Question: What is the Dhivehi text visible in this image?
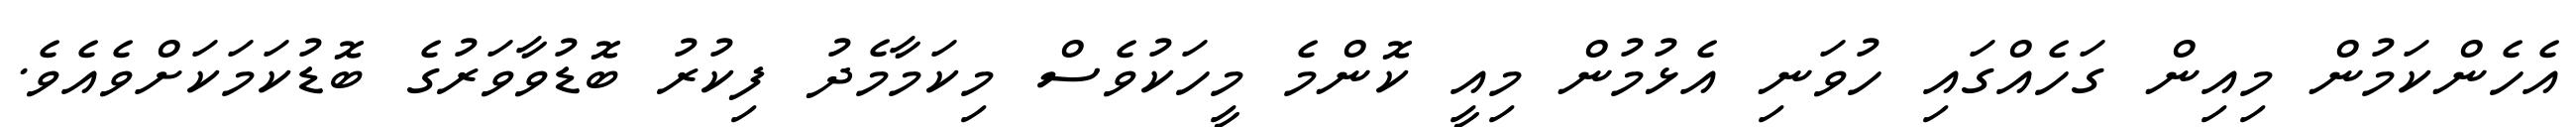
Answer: އެހެންކަމުން މިއިން ގަހެއްގައި ހުވަނި އެޅުމުން މިއީ ކޮންމެ މީހަކުވެސް މިކަމާމެދު ފިކުރު ބޮޑުވާވަރުގެ ބޮޑުކަމަކަށްވެއެވެ.